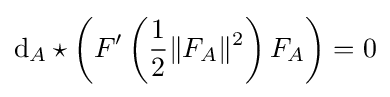
\mathrm {d} _{A}\star \left(F'\left({\frac {1}{2}}\|F_{A}\|^{2}\right)F_{A}\right)=0